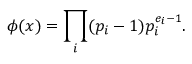
\phi ( x ) = \prod _ { i } ( p _ { i } - 1 ) p _ { i } ^ { e _ { i } - 1 } .